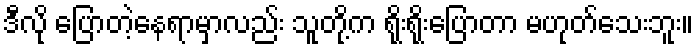
ဒီလို ပြောတဲ့နေရာမှာလည်း သူတို့က ရိုးရိုးပြောတာ မဟုတ်သေးဘူး။